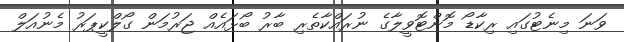
ވަނަ މިނެޓުގައި ރިކާޑޯ މޮންޓޮވީލާގެ ނުރައްކާތެރި ބާރު ބޯޅައެއް ޖަރުމަން ގޯލްކީޕަރު މެނުއަލް